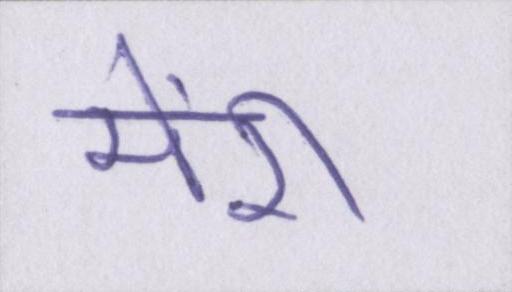
मेंरी